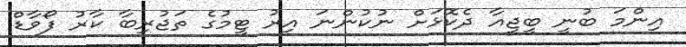
އިންމަ ބުނީ ބީޖީއާ ދެކޮޅަށް ނުކުންނަ އިރު ޓީމުގެ ތަޖުރިބާ ކާރު ފޯވާޑް